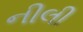
નીલી